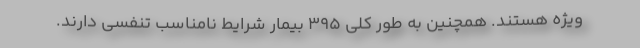
ویژه هستند. همچنین به طور کلی ۳۹۵ بیمار شرایط نامناسب تنفسی دارند.